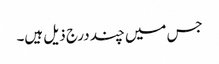
جس میں چند درج ذیل ہیں۔